system: You are a helpful assistant.
user:
Analyze the provided spectrum to determine if it is a **Carbon Star (C-type)**.

- **Key Visual Indicators of Carbon Star:**
    - **(Primary):** Strong molecular absorption from **C₂ (diatomic carbon) "Swan Bands."** This is the **defining feature** of a carbon star.
        - **(Key Bandheads):** Sharp absorption edges are visible at approximately $5635$ Å, $5165$ Å (the strongest band), and $4737$ Å.
        - **(Line Profile):** Creates a distinct **"saw-tooth"** pattern. The key morphology is a sharp, steep bandhead on the **red (long-wavelength) side**, which then gradually tapers off (i.e., flux recovers) towards the **blue (short-wavelength) side**. *(This is the direct opposite of the TiO bands seen in M-type stars)*.

    - **(Secondary):** Intense **CN (cyanogen)** molecular absorption bands.
        - **(Key Bandheads):** Located in the blue and violet regions of the spectrum (e.g., near $4215$ Å and $3883$ Å).
        - **(Morphology):** These bands are extremely broad and act as a "blanket," absorbing the vast majority of blue and violet light. This creates a characteristic **"cliff"** or **"steep drop-off"** in the spectrum's flux at short wavelengths.

    - **(Key Confirmation):** Strong **CH absorption band (G-band)**.
        - **(Key Bandhead):** Located around $4300$ Å. The contribution from CH molecules to this band is exceptionally strong.

    - **(Overall Spectrum):**
        - The continuum is severely "chopped up" by these deep molecular bands, especially C₂, rather than appearing as a smooth curve.
        - Due to the heavy CN and C₂ absorption in the blue-green, the vast majority of the star's flux is concentrated in the red part of the spectrum, giving the star its characteristic deep red color.

Think first, call **spectral_visualization_tool** if needed to examine features in detail, then provide your final answer. Your response must adhere to the following strict rules:
1.  **Overall Structure:** Your response must follow the format `<think>...</think> <tool_call>...</tool_call> (if a tool is used) <answer>...</answer>`.
2.  **Tool Usage Constraint:** You may only make **one** tool call per turn.
3.  **Final Answer Format:** In the `<answer>` tag, your conclusion must be inside a `\boxed{}` command (e.g., `\boxed{YES}`), followed by your justification.

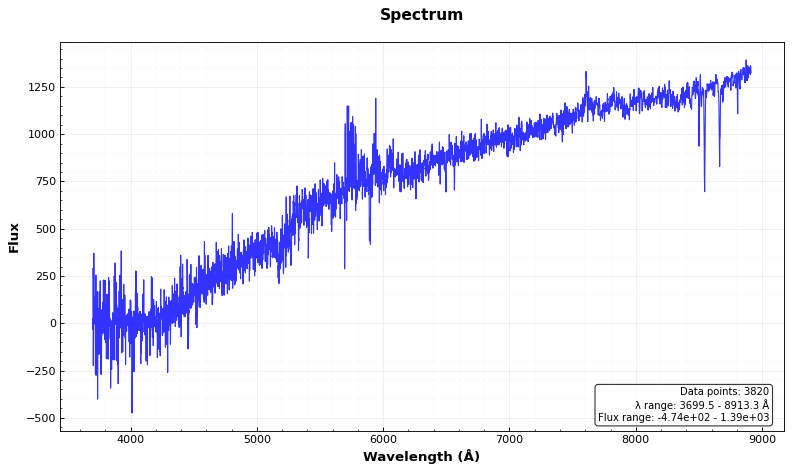
Answer: NO